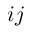
i j